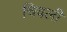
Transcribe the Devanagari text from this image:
चिवली